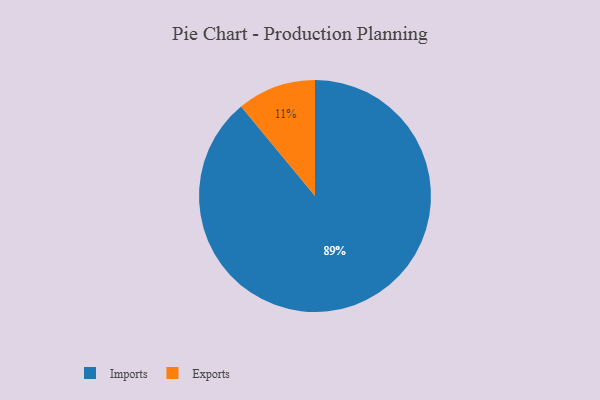
{"axis": {"x": "Category", "y": "Percentage"}, "legend": ["Exports", "Imports"], "data": [{"x": "Exports", "y": 11, "type": "Exports"}, {"x": "Imports", "y": 89, "type": "Imports"}]}